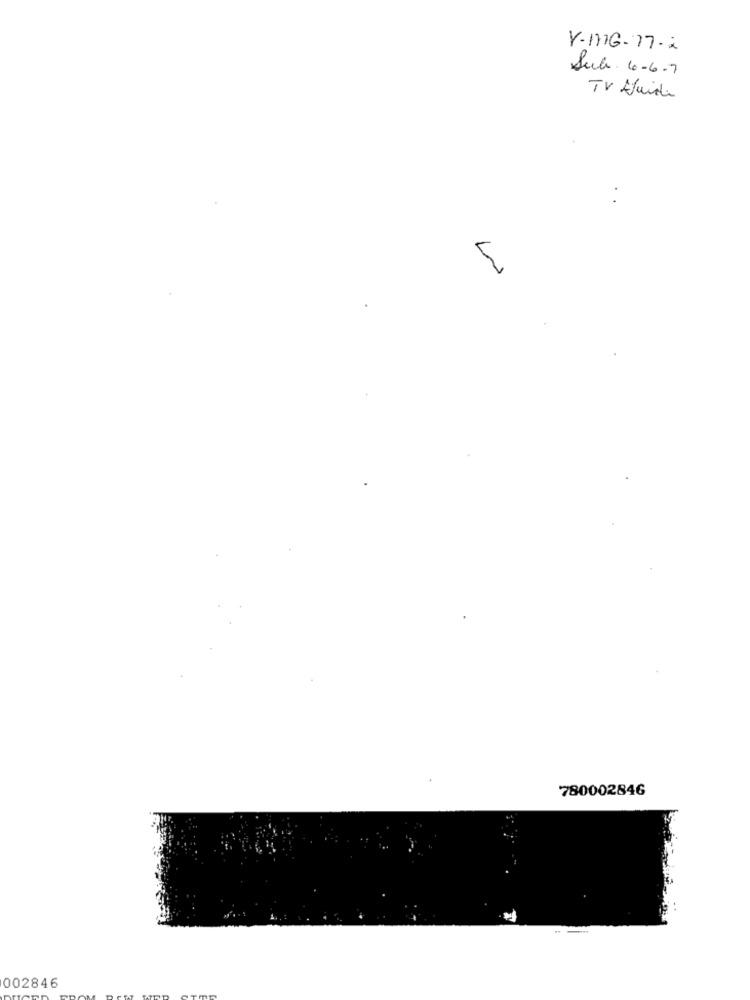
Y-MIG-77-2
Sub . 6-6-7
TV Guide
780002846
002846